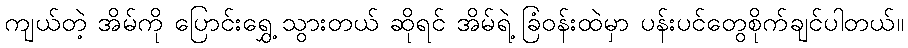
ကျယ်တဲ့ အိမ်ကို ပြောင်းရွှေ့ သွားတယ် ဆိုရင် အိမ်ရဲ့ ခြံဝန်းထဲမှာ ပန်းပင်တွေစိုက်ချင်ပါတယ်။